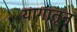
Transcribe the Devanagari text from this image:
यागातून